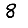
Digit: 8